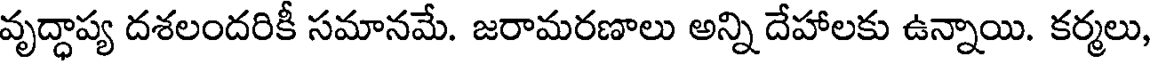
వృద్ధాప్య దశలందరికీ సమానమే. జరామరణాలు అన్ని దేహాలకు ఉన్నాయి. కర్మలు,